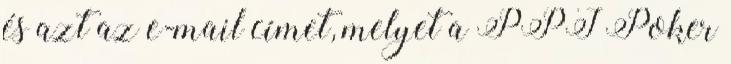
és azt az e-mail címet, melyet a PPI Poker